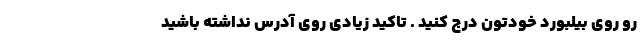
رو روی بیلبورد خودتون درج کنید . تاکید زیادی روی آدرس نداشته باشید